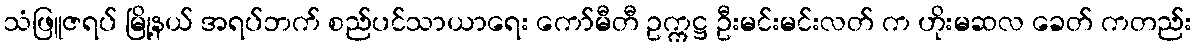
သံဖြူဇရပ် မြို့နယ် အရပ်ဘက် စည်ပင်သာယာရေး ကော်မီတီ ဥက္ကဋ္ဌ ဦးမင်းမင်းလတ် က ဟိုးမဆလ ခေတ် ကတည်း